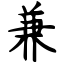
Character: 兼